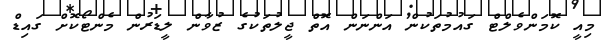
މިއީ ކޮމަންވެލްޓް ގައުމުތަކުން އަންނަން އޮތް ޖީލުތަކުގެ ޒުވާން ލީޑަރުން މެންޓޯކޮށް ގައިޑް